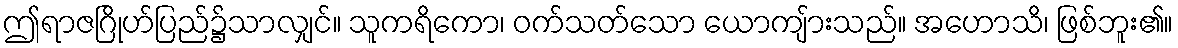
ဤရာဇဂြိုဟ်ပြည်၌သာလျှင်။ သူကရိကော၊ ဝက်သတ်သော ယောကျ်ားသည်။ အဟောသိ၊ ဖြစ်ဘူး၏။